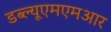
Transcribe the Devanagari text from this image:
डब्ल्यूएमएमआर